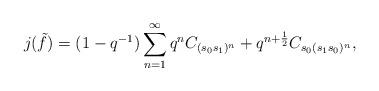
LaTeX: \begin{align*}j(\tilde{f})=(1-q^{-1})\sum_{n=1}^{\infty}q^nC_{(s_0s_1)^n}+q^{n+\frac{1}{2}}C_{s_0(s_1s_0)^n},\end{align*}